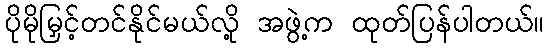
ပိုမိုမြှင့်တင်နိုင်မယ်လို့ အဖွဲ့က ထုတ်ပြန်ပါတယ်။